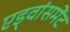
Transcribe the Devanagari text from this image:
एड्वांसमेंट